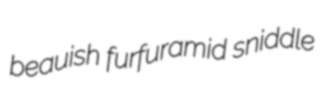
beauish furfuramid sniddle